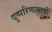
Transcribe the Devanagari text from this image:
दुष्परिणामाची